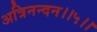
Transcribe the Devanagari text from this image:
अत्रिनन्‍दन।।५।।